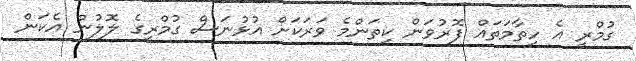
ގުމްރީ އެ ހިތާމަތައް ފޮރުވަން ކިތަންމެ ވަރަކަށް އުޅުނަސް ގުމްރީގެ ލޮލުން އެކަން